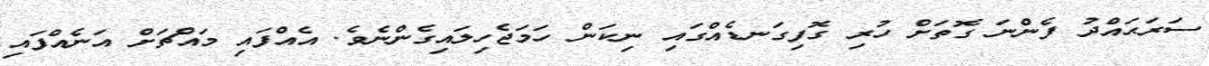
ސަރަޙައްދު ފެންނަ ގޮތަށް ހުރި ގޮފިގަނޑެއްގައި ނިކަން ހަމަޖެހިލައިގެންނެވެ. އެއްފައި މައްޗަށް އަނެއްފައި